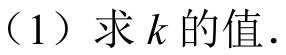
（1）求\(k\)的值.